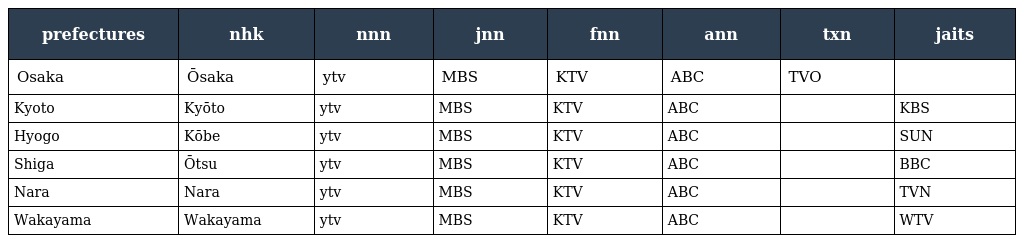
| prefectures | nhk | nnn | jnn | fnn | ann | txn | jaits |
 | --- | --- | --- | --- | --- | --- | --- | --- |
 | Osaka | Ōsaka | ytv | MBS | KTV | ABC | TVO |  |
 | Kyoto | Kyōto | ytv | MBS | KTV | ABC |  | KBS |
 | Hyogo | Kōbe | ytv | MBS | KTV | ABC |  | SUN |
 | Shiga | Ōtsu | ytv | MBS | KTV | ABC |  | BBC |
 | Nara | Nara | ytv | MBS | KTV | ABC |  | TVN |
 | Wakayama | Wakayama | ytv | MBS | KTV | ABC |  | WTV |